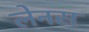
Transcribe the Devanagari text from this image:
लेनस